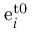
\mathrm { e } _ { i } ^ { \mathrm { t 0 } }